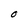
Character: O